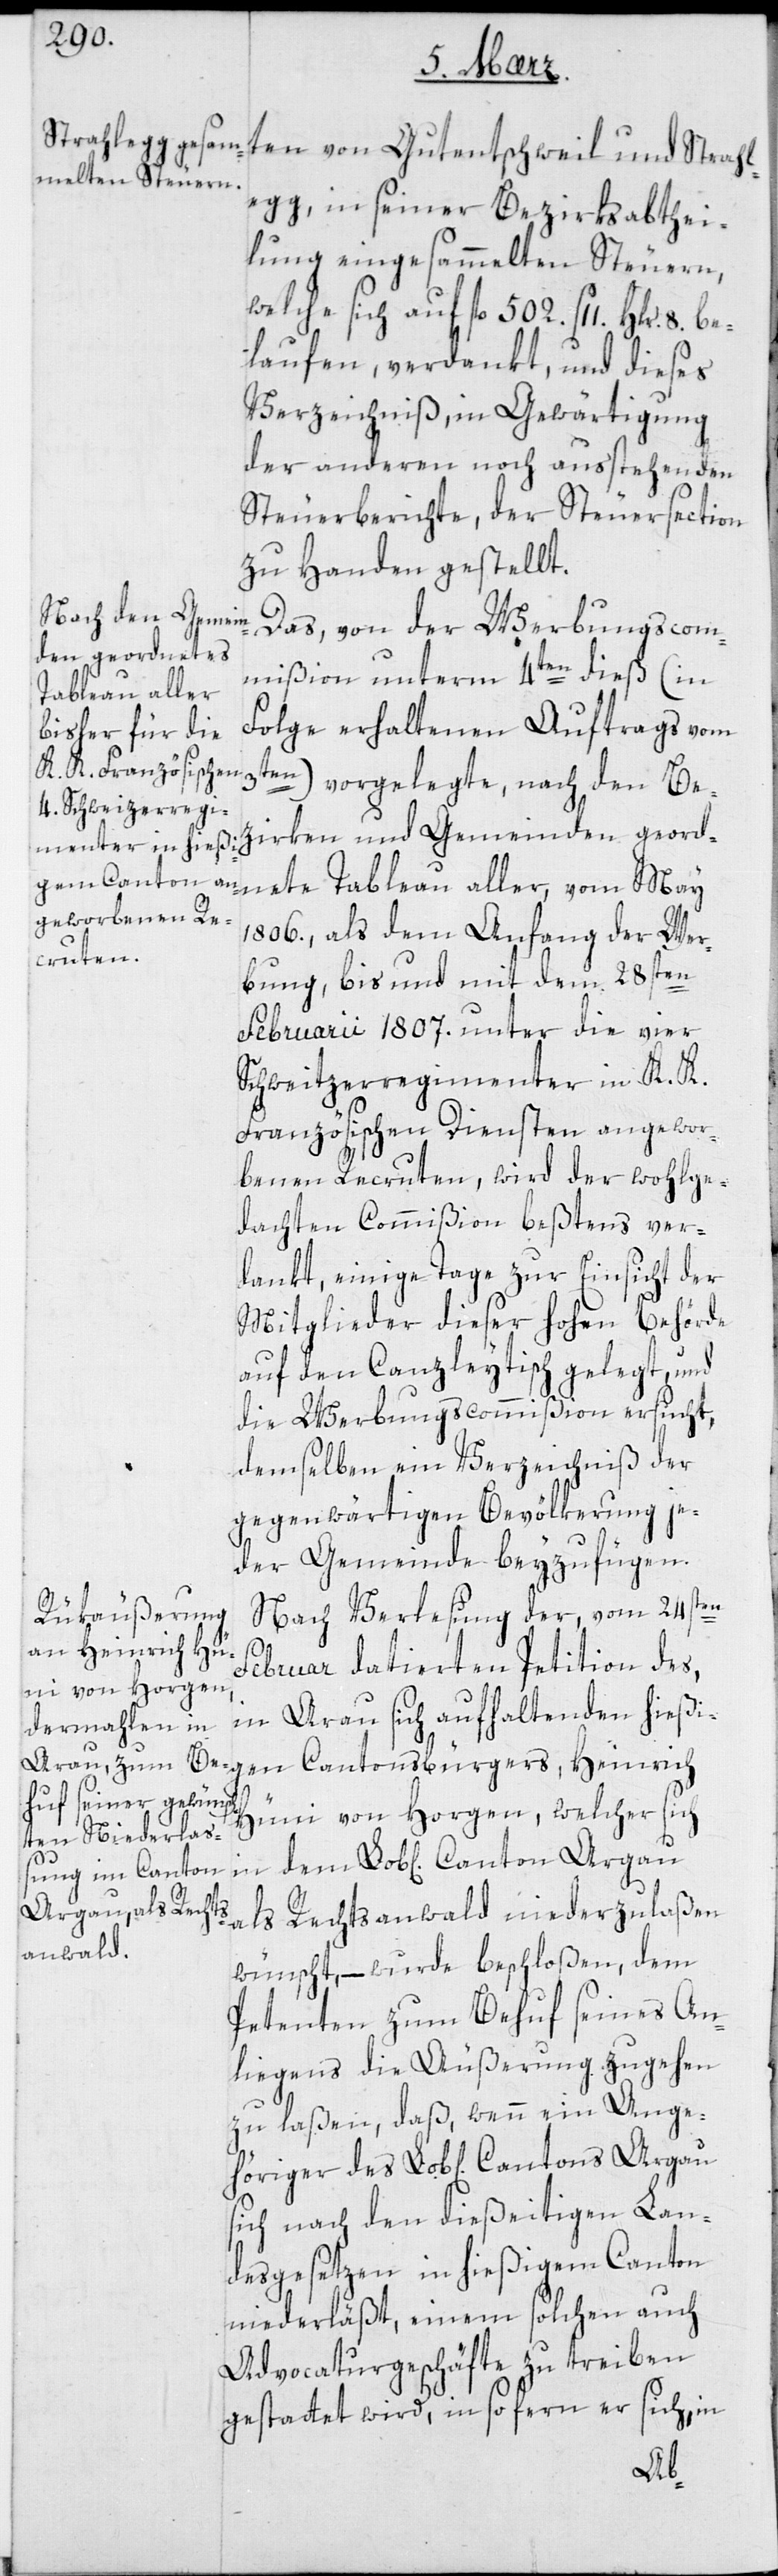
egg, in seiner Bezirksabthei¬
lung eingesammelten Steuern,
welche sich auf fl. 502. ß 11. ß Hlr.
laufen, verdankt und dieses
Verzeichniß in Gewärtigung
der anderen noch ausstehenden
Steuerberichte der Steuersection
zu Handen gestellt.
Das von der Werbungscom¬
mißion unterm 4ten dieß (in
Folge erhaltenen Auftrags vom
3ten) vorgelegte, nach den Be¬
zirken und Gemeinden geord¬
gen Cantonsbür¬
nete Tableau aller, vom May
1806., als dem Anfang der Wer¬
bung, bis und mit dem 28sten
Februarii 1807. unter die vier
Schweitzerregimenter in K. K.
Französischen Diensten angewor¬
benen Recruten, wird der wohlge¬
dachten Commißion beßtens ver¬
dankt, einige Tage zur Einsicht der
Mitglieder dieser hohen Behörde
auf den Canzleytisch gelegt, und
die Werbungscommißion ersucht,
demselben ein Verzeichniß der
gegenwärtigen Bevölkerung je¬
der Gemeinde beyzufügen.
Nach Verlesung der, vom 24sten
gers, Heinrich Hün¬
Februar datierten Petition des,
in Arau sich aufhaltenden hießi¬
i von Horgen, welcher sich
Aargau als Rechtsanwalt niederzulaßen
wünscht, – wurde beschloßen, dem
Petenten zum Behuf seines An¬
liegens die Äußerung zugehen
zu laßen, daß, wenn ein Ange¬
sich nach den dießeitigen Lan¬
desgesetzen in hießigem Canton
niederläßt, einem solchen auch
Advocaturgeschäfte zu treiben
gestattet wird, insofern er sich in
höriger